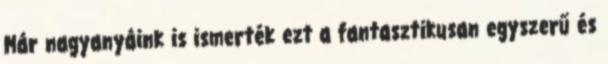
Már nagyanyáink is ismerték ezt a fantasztikusan egyszerű és